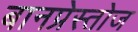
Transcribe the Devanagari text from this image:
बानप्रेस्तोज